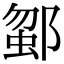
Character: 𨜗